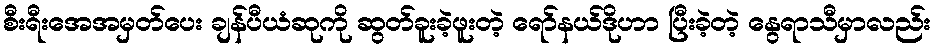
စီးရီးအေအမှတ်ပေး ချန်ပီယံဆုကို ဆွတ်ခူးခဲ့ဖူးတဲ့ ရော်နယ်ဒိုဟာ ပြီးခဲ့တဲ့ နွေရာသီမှာလည်း